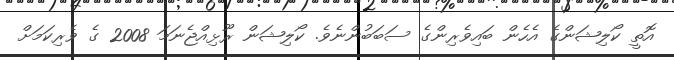
އޮތީ ކޯލިޝަންގެ އެހެން ބައިވެރިންގެ ސަބަބުންނެވެ. ކޯލިޝަން ރޫޅިއްޖެނަމަ 2008 ގެ ވެރިކަމަށް